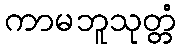
ကာမဘူသုတ္တံ